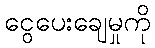
ငွေပေးချေမှုကို